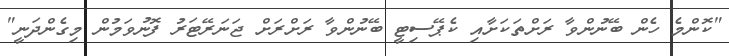
"ކޮންމެ ހެން ބޭނުންވާ ރަށްތަކަށާއި ކެޕޭސިޓީ ބޭނުންވާ ރަށްރަށް ޖަނަރޭޓަރު ފޮނުވަމުން މިގެންދަނީ"